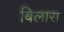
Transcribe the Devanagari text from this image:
बिलारा